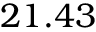
2 1 . 4 3